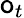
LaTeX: \mathsf{o}_{t}